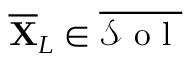
\overline { { \mathbf { X } } } _ { L } \in \overline { { \mathcal { S } \mathrm { ~ o ~ l ~ } } }